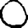
Digit: 0